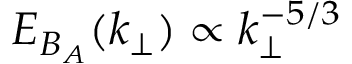
E _ { B _ { A } } ( k _ { \perp } ) \propto k _ { \perp } ^ { - 5 / 3 }